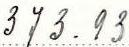
373.93